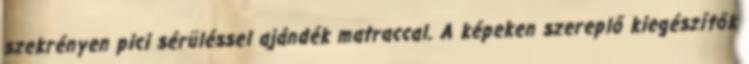
szekrényen pici sérüléssel ajándék matraccal. A képeken szereplő kiegészítők